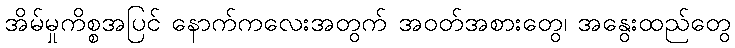
အိမ်မှုကိစ္စအပြင် နောက်ကလေးအတွက် အဝတ်အစားတွေ၊ အနွေးထည်တွေ